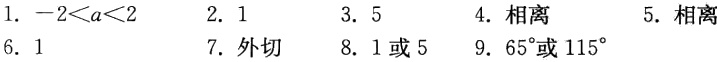
1. \(-2 < a < 2\)

2. \(1\)

3. \(5\)

4. 相离

5. 相离

6. \(1\)

7. 外切

8. \(1\)或\(5\)

9. \(65^{\circ}\)或\(115^{\circ}\)